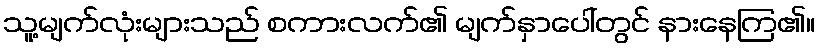
သူ့မျက်လုံးများသည် စကားလက်၏ မျက်နှာပေါ်တွင် နားနေကြ၏။